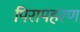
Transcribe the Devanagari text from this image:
पिरापहरण